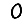
Digit: 0